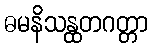
ဓမနိသန္ထတဂတ္တာ